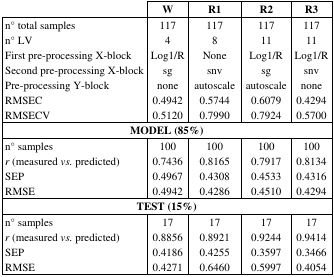
|  | W | R1 | R2 | R3 |
 | --- | --- | --- | --- | --- |
 | n° total samples | 117 | 117 | 117 | 117 |
 | n° LV | 4 | 8 | 11 | 11 |
 | First pre-processing X-block | Log1/R | None | Log1/R | Log1/R |
 | Second pre-processing X-block | sg | snv | sg | snv |
 | Pre-processing Y-block | none | autoscale | autoscale | none |
 | RMSEC | 0.4942 | 0.5744 | 0.6079 | 0.4294 |
 | RMSECV | 0.5120 | 0.7990 | 0.7924 | 0.5700 |
 | <COLSPAN=5> MODEL (85%) |
 | n° samples | 100 | 100 | 100 | 100 |
 | r (measured vs. predicted) | 0.7436 | 0.8165 | 0.7917 | 0.8134 |
 | SEP | 0.4967 | 0.4308 | 0.4533 | 0.4316 |
 | RMSE | 0.4942 | 0.4286 | 0.4510 | 0.4294 |
 | <COLSPAN=5> TEST (15%) |
 | n° samples | 17 | 17 | 17 | 17 |
 | r (measured vs. predicted) | 0.8856 | 0.8921 | 0.9244 | 0.9414 |
 | SEP | 0.4186 | 0.4255 | 0.3597 | 0.3466 |
 | RMSE | 0.4271 | 0.6460 | 0.5997 | 0.4054 |